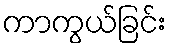
ကာကွယ်ခြင်း